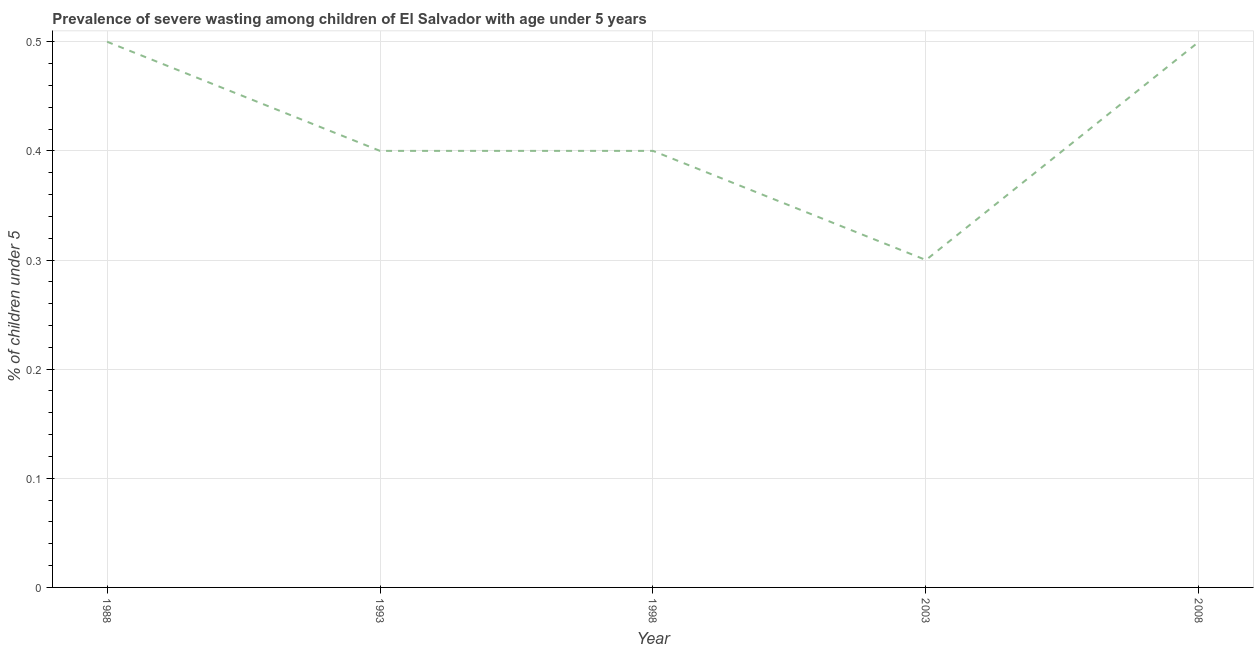
| Year | Prevalence of severe wasting |
 | --- | --- |
 | 1988 | 0.5 |
 | 1993 | 0.4 |
 | 1998 | 0.4 |
 | 2003 | 0.3 |
 | 2008 | 0.5 |